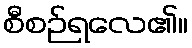
စီစဉ်ရလေ၏။